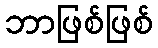
ဘာဖြစ်ဖြစ်